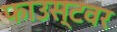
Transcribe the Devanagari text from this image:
फाउस्टवर